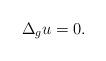
LaTeX: \begin{align*}\Delta_g u = 0.\end{align*}